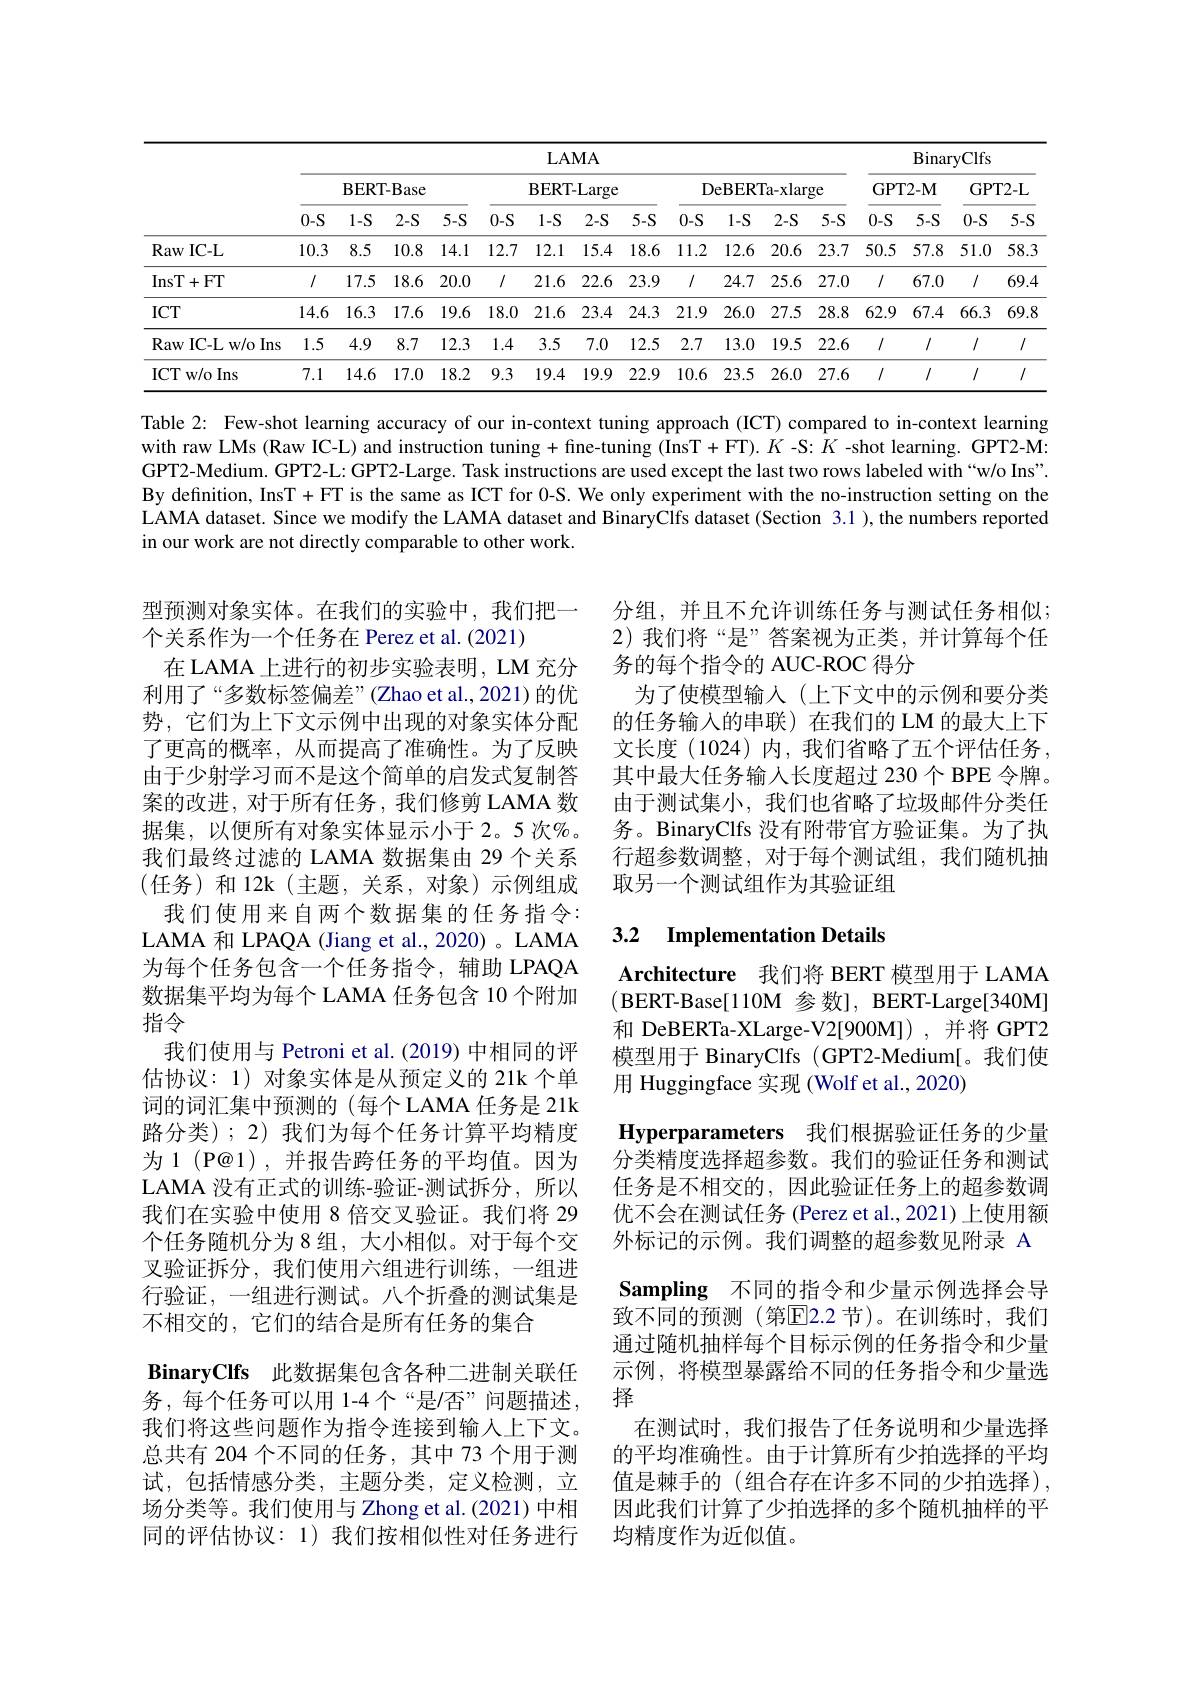
<table>
	<tbody>
		<tr>
			<th> </th>
			<th colspan="11">LAMA</th>
			<th colspan="4">${\mathrm{BinaryClfs}}$</th>
		</tr>
		<tr>
			<th> </th>
			<th colspan="3">BERT- Base</th>
			<th> </th>
			<th colspan="3">BERT- Large</th>
			<th colspan="4">DeBERTa-xlarge</th>
			<th colspan="2">GPT2- M</th>
			<th colspan="2">GPT2- L</th>
		</tr>
		<tr>
			<th> </th>
			<th>$0-S$</th>
			<th>$1-S$</th>
			<th>2-S</th>
			<th>$5-S$</th>
			<th>$0-S$</th>
			<th>$2-S$</th>
			<th>5-S</th>
			<th>$0-S$</th>
			<th>$1-S$</th>
			<th>$2-S$</th>
			<th></th>
			<th>0-S</th>
			<th></th>
			<th>$0-S$</th>
			<th>$5-S$</th>
		</tr>
		<tr>
			<td>Raw IC- L</td>
			<td>10.3</td>
			<td>8.5</td>
			<td>10.8</td>
			<td>14.1</td>
			<td>12.7</td>
			<td>15.4</td>
			<td>18.6</td>
			<td>11.2</td>
			<td>12.6</td>
			<td>20.6</td>
			<td>23.7</td>
			<td>50.5</td>
			<td>57.8</td>
			<td>51.0</td>
			<td>58.3 </td>
		</tr>
		<tr>
			<td>InsT+ FT</td>
			<td>$I$</td>
			<td>17.5</td>
			<td>18.6</td>
			<td>20.0</td>
			<td>$I$</td>
			<td>22.6</td>
			<td>23.9</td>
			<td>1/</td>
			<td>24.7</td>
			<td>25.6</td>
			<td>27.C</td>
			<td>1/</td>
			<td>67.0</td>
			<td>1/</td>
			<td>69.4</td>
		</tr>
		<tr>
			<td>$ICT$</td>
			<td>14.6</td>
			<td>16.3</td>
			<td>17.6</td>
			<td>19.6</td>
			<td>18.0</td>
			<td>23.4</td>
			<td>24.3</td>
			<td>21.9</td>
			<td>26.0</td>
			<td>27.5</td>
			<td>28.8</td>
			<td>62.9</td>
			<td>67.4</td>
			<td>66.3</td>
			<td>69.8</td>
		</tr>
		<tr>
			<td>Raw IC- L w/ o Ins</td>
			<td>1.5</td>
			<td></td>
			<td>8.7</td>
			<td>12.3</td>
			<td>1.4</td>
			<td>7.0</td>
			<td>12.5</td>
			<td>2.7</td>
			<td>13.0</td>
			<td>19.5</td>
			<td>22.6 </td>
			<td>1/</td>
			<td>1/</td>
			<td>1/</td>
			<td>$I$</td>
		</tr>
		<tr>
			<td>ICT w/o Ins</td>
			<td>7.1</td>
			<td>14.6</td>
			<td>17.0</td>
			<td>18.2</td>
			<td>9.3</td>
			<td>19.9</td>
			<td>22.9</td>
			<td>10.6</td>
			<td>23.5</td>
			<td>26.0</td>
			<td>27.6</td>
			<td>1/</td>
			<td>1/</td>
			<td>1/</td>
			<td>$I$</td>
		</tr>
	</tbody>
</table>

Table 2: Few-shot learning accuracy of our in-context tuning approach (ICT) compared to in-context learning with raw LMs (Raw IC-L) and instruction tuning + fine-tuning (InsT+ FT). $K$ -S: $K$ -shot learning. GPT2-M: GPT2-Medium. GPT2-L: GPT2-Large. Task instructions are used except the last two rows labeled with “w/o Ins". By definition, InsT+FT is the same as ICT for 0-S. We only experiment with the no-instruction setting on the $\tilde{\text{LAMA dataset. Since we modify the LAMA dataset and BinaryClfs dataset }(\text{Section 3.1 }),\mathrm{the~numbers~reported}}$ in our work are not directly comparable to other work

型预测对象实体。在我们的实验中，我们把一 分组，并且不允许训练任务与测试任务相似；
2)我们将“是”答案视为正类，并计算每个任
在 LAMA 上进行的初步实验表明，LM 充分 务的每个指令的 AUC-ROC 得分
为了使模型输入(上下文中的示例和要分类的任务输入的串联)在我们的 LM 的最大上下文长度(1024)内，我们省略了五个评估任务， 其中最大任务输入长度超过 230 个 BPE 令牌。由于测试集小，我们也省略了垃圾邮件分类任务。BinaryClfs 没有附带官方验证集。为了执行超参数调整，对于每个测试组，我们随机抽取另一个测试组作为其验证组

### 3.2 $\textbf{Implementation Details}$

个关系作为一个任务在 Perez et al. (2021)
利用了“多数标签偏差”(Zhao et al.,2021)的优势，它们为上下文示例中出现的对象实体分配了更高的概率，从而提高了准确性。为了反映由于少射学习而不是这个简单的启发式复制答案的改进，对于所有任务，我们修剪 LAMA 数据集，以便所有对象实体显示小于2。5 次%。我们最终过滤的 LAMA 数据集由 29 个关系(任务)和12k(主题，关系，对象)示例组成
我们使用来自两个数据集的任务指令： LAMA 和 LPAQA (Jiang et al., 2020) 。LAMA 为每个任务包含一个任务指令，辅助 LPAQA 数据集平均为每个 LAMA 任务包含 10 个附加指令
我们使用与 Petroni et al. (2019) 中相同的评估协议：1) 对象实体是从预定义的 21k 个单词的词汇集中预测的(每个LAMA 任务是 21k 路分类);2) 我们为每个任务计算平均精度为 1 (P@1),并报告跨任务的平均值。因为LAMA 没有正式的训练-验证-测试拆分，所以我们在实验中使用 8 倍交叉验证。我们将 29个任务随机分为 8 组 , 大小相似。对于每个交叉验证拆分，我们使用六组进行训练，一组进行验证，一组进行测试。八个折叠的测试集是不相交的，它们的结合是所有任务的集合
BinaryClfs 此数据集包含各种二进制关联任务，每个任务可以用 1-4 个“是/否”问题描述， 我们将这些问题作为指令连接到输入上下文。总共有 204 个不同的任务，其中 73 个用于测 的平均准确性。由于计算所有少拍选择的平均试，包括情感分类，主题分类，定义检测，立 值是棘手的(组合存在许多不同的少拍选择), 场分类等。我们使用与 Zhong et al.(2021) 中相 因此我们计算了少拍选择的多个随机抽样的平同的评估协议：1)我们按相似性对任务进行 均精度作为近似值。

Architecture 我们将 BERT 模型用于 LAMA (BERT-Base[110M 参数], BERT-Large[340M] 和 DeBERTa-XLarge-V2[900M]),并将 GPT2模型用于 BinaryClfs (GPT2-Medium[。我们使用 Huggingface 实现 (Wolf et al., 2020)
Hyperparameters 我们根据验证任务的少量分类精度选择超参数。我们的验证任务和测试任务是不相交的，因此验证任务上的超参数调优不会在测试任务 (Perez et al., 2021) 上使用额外标记的示例。我们调整的超参数见附录 A Sampling 不同的指令和少量示例选择会导致不同的预测(第$\overline{\mathrm{E}}$2.2 节)。在训练时，我们通过随机抽样每个目标示例的任务指令和少量示例，将模型暴露给不同的任务指令和少量选择
在测试时，我们报告了任务说明和少量选择